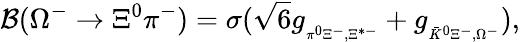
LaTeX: {\cal B}(\Omega^{-}\to\Xi^{0}\pi^{-})=\sigma(\sqrt{6}g_{{}_{\pi^{0}\Xi^{-},\Xi^{*-}}}+g_{{}_{\bar{K}^{0}\Xi^{-},\Omega^{-}}}),